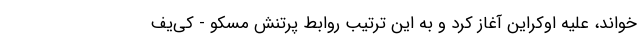
خواند، علیه اوکراین آغاز کرد و به این ترتیب روابط پرتنش مسکو - کی‌یف